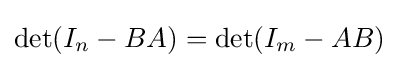
\det(I_{n}-BA)=\det(I_{m}-AB)